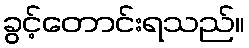
ခွင့်တောင်းရသည်။